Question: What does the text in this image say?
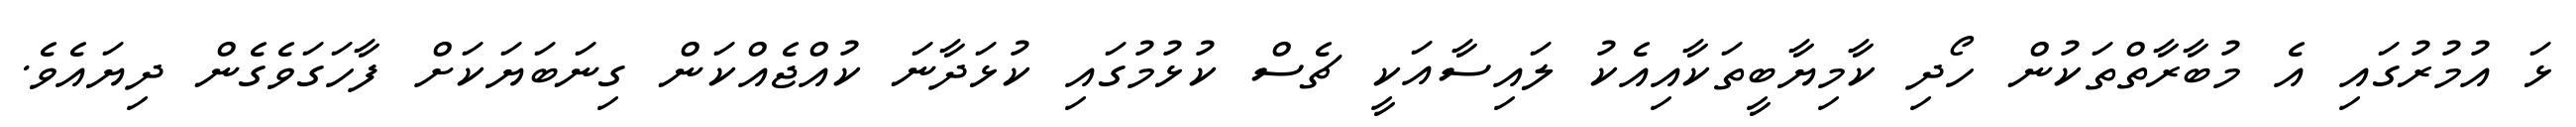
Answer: ޅަ އުމުރުގައި އެ މުބާރާތްތަކުން ހޯދި ކާމިޔާބީތަކާއިއެކު ލައިސާއަކީ ޗެސް ކުޅުމުގައި ކުޅަދާނަ ކުއްޖެއްކަން ގިނަބަޔަކަށް ފާހަގަވެގެން ދިޔައެވެ.